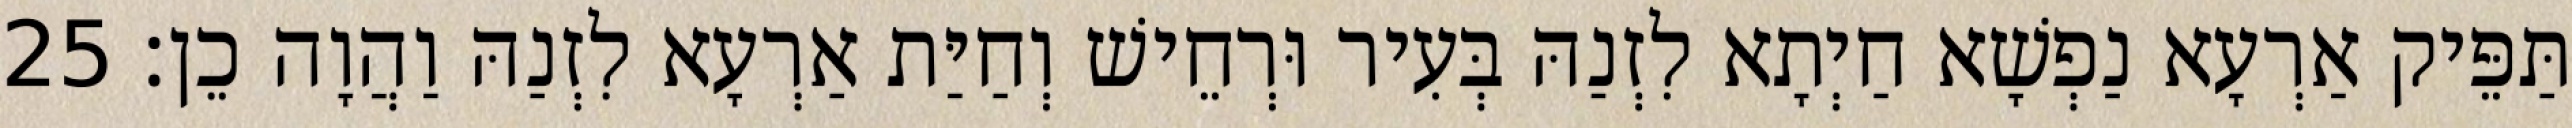
תַּפֵּיק אַרְעָא נַפְשָׁא חַיְתָא לִזְנַהּ בְּעִיר וּרְחֵישׁ וְחַיַּת אַרְעָא לִזְנַהּ וַהֲוָה כֵן׃ 25